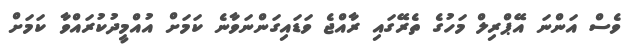
ވެސް އަންނަ އޭޕްރިލް މަހުގެ ތެރޭގައި ރާއްޖެ ވަޑައިގަންނަވާނެ ކަމަށް އުއްމީދުކުރައްވާ ކަމަށް